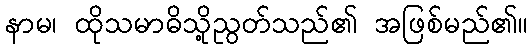
နာမ၊ ထိုသမာဓိသို့ညွတ်သည်၏ အဖြစ်မည်၏။